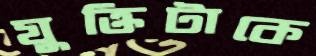
যুক্তিটাকে